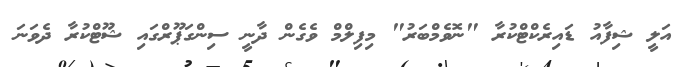
އަލީ ޝިފާއު ޑައިރެކްޓްކުރާ "ނޮވެމްބަރު" މިފިލްމް ވެގެން ދާނީ ސިންގަޕޫރްގައި ޝޫޓްކުރާ ދެވަނަ